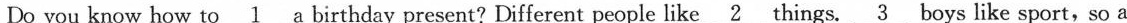
Do you know how to \underline{1} a birthday present? Different people like \underline{2}things.\underline{3} boys like sport,so a